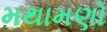
મથામણો